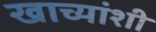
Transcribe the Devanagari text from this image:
खाच्यांशी